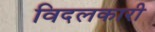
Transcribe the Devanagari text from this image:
विदलकारी